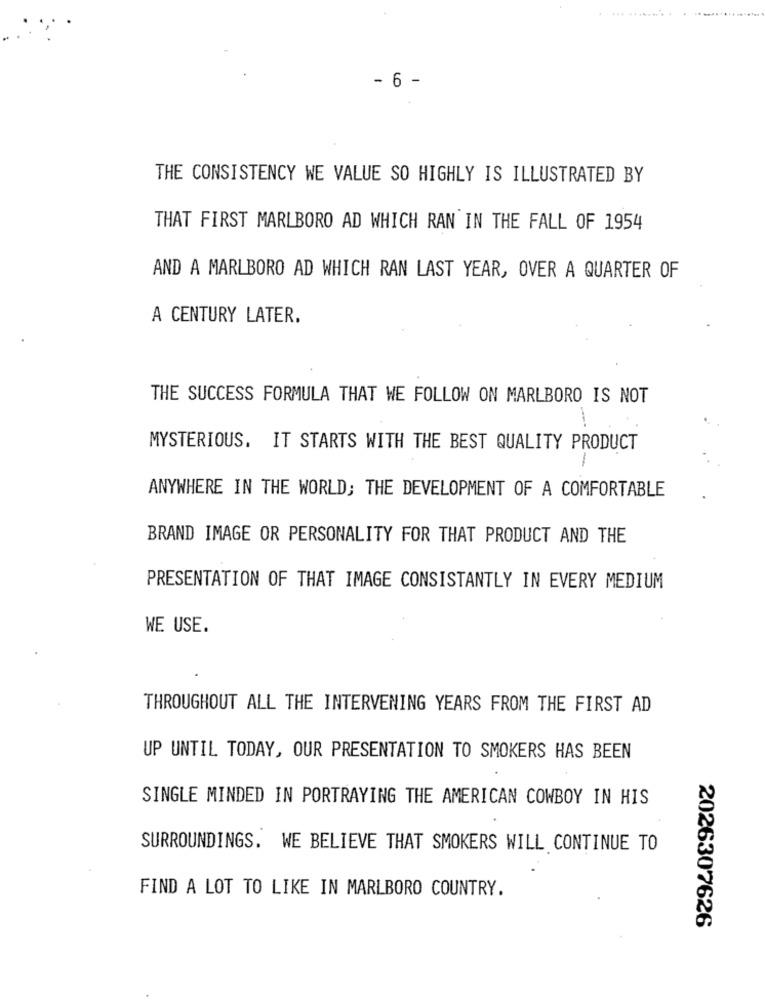
- 6 -
THE CONSISTENCY WE VALUE SO HIGHLY IS ILLUSTRATED BY
THAT FIRST MARLBORO AD WHICH RAN IN THE FALL OF 1954
AND A MARLBORO AD WHICH RAN LAST YEAR, OVER A QUARTER OF
A CENTURY LATER.
THE SUCCESS FORMULA THAT WE FOLLOW ON MARLBORO IS NOT
MYSTERIOUS. IT STARTS WITH THE BEST QUALITY PRODUCT
ANYWHERE IN THE WORLD; THE DEVELOPMENT OF A COMFORTABLE
BRAND IMAGE OR PERSONALITY FOR THAT PRODUCT AND THE
PRESENTATION OF THAT IMAGE CONSISTANTLY IN EVERY MEDIUM
WE USE.
THROUGHOUT ALL THE INTERVENING YEARS FROM THE FIRST AD
UP UNTIL TODAY, OUR PRESENTATION TO SMOKERS HAS BEEN
SINGLE MINDED IN PORTRAYING THE AMERICAN COWBOY IN HIS
SURROUNDINGS. WE BELIEVE THAT SMOKERS WILL CONTINUE TO
FIND A LOT TO LIKE IN MARLBORO COUNTRY.
2026307626